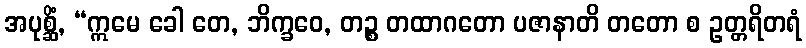
အပုစ္ဆိံ, “ဣမေ ခေါ တေ, ဘိက္ခဝေ, တဉ္စ တထာဂတော ပဇာနာတိ တတော စ ဥတ္တရိတရံ